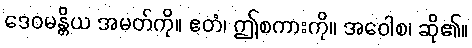
ဒေဝမန္တိယ အမတ်ကို။ ဧတံ၊ ဤစကားကို။ အဝေါစ၊ ဆို၏။